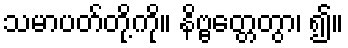
သမာပတ်တို့ကို။ နိဗ္ဗတ္တေတွာ၊ ၍။